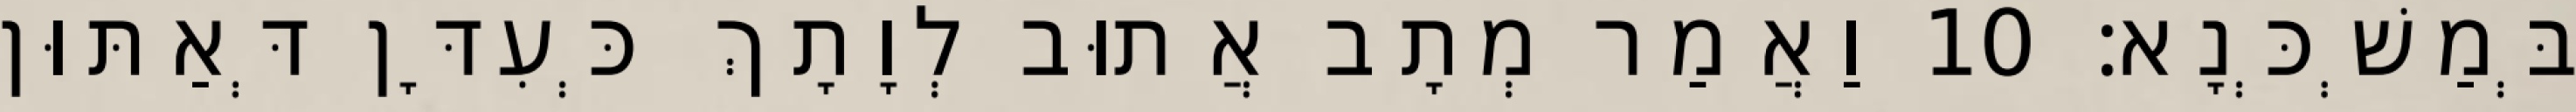
בְּמַשְׁכְּנָא׃ 10 וַאֲמַר מְתָב אֲתוּב לְוָתָךְ כְּעִדָּן דְּאַתּוּן